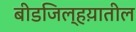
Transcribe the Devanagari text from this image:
बीडजिल्हय़ातील